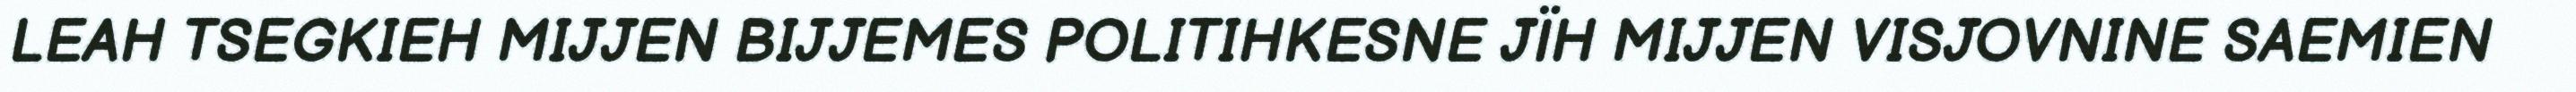
LEAH TSEGKIEH MIJJEN BIJJEMES POLITIHKESNE JÏH MIJJEN VISJOVNINE SAEMIEN